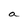
Character: a